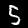
Label: 5